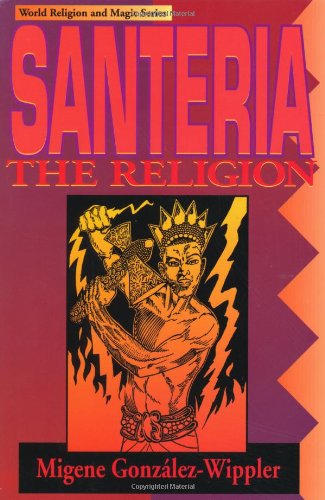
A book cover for Santeria: the Religion: Faith, Rites, Magic (Llewellyn's World Religion & Magick); Migene GonzÃ¡lez-Wippler; History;